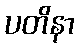
ပတိနာ